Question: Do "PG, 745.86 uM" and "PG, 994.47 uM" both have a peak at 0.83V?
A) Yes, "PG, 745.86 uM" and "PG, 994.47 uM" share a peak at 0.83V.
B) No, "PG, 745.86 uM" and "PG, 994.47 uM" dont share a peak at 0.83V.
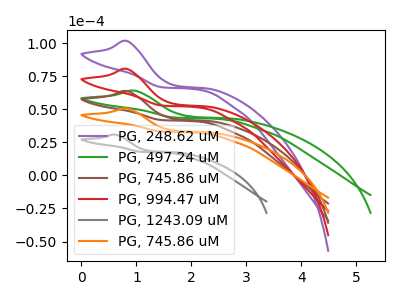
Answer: <think>The purple curve "PG, 248.62 uM" has an anodic peak at: (0.85V, 191.25uA). The green curve "PG, 497.24 uM" has an anodic peak at: (0.95V, 64.00uA). The brown curve "PG, 745.86 uM" has an anodic peak at: (0.85V, 63.75uA). The red curve "PG, 994.47 uM" has an anodic peak at: (0.85V, 127.50uA). The gray curve "PG, 1243.09 uM" has an anodic peak at: (0.60V, 30.80uA). The orange curve "PG, 745.86 uM" has an anodic peak at: (0.85V, 50.50uA).</think>
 <answer>A) Yes, "PG, 745.86 uM" and "PG, 994.47 uM" share a peak at 0.83V.</answer>
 <eval>A</eval>